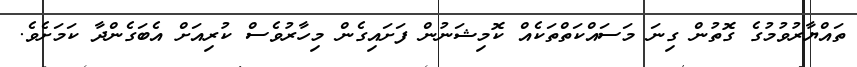
ތައްޔާރުވުމުގެ ގޮތުން ގިނަ މަސައްކަތްތަކެއް ކޮމިޝަނުން ފަށައިގެން މިހާރުވެސް ކުރިއަށް އެބަގެންދާ ކަމަށެވެ.